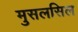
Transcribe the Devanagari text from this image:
मुसलसिल